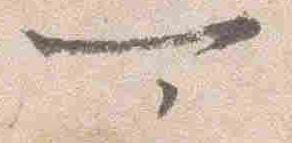
可